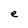
Character: e